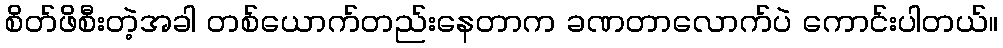
စိတ်ဖိစီးတဲ့အခါ တစ်ယောက်တည်းနေတာက ခဏတာလောက်ပဲ ကောင်းပါတယ်။